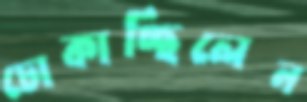
ঢোকাচ্ছিলেন